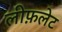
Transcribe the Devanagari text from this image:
लीफ़लेट